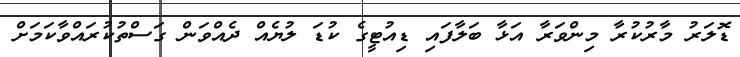
ޑޮލަރު މާރުކުރާ މިންވަރާ އަޅާ ބަލާފައި ޑިއުޓީގެ ކުޑަ ލުޔެއް ދެއްވަން ގަސްތުކުރައްވާކަމަށް